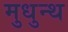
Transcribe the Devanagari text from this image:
मुधुन्थ